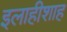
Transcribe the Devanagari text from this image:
इलाहीशाह